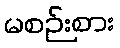
မစဉ်းစား